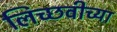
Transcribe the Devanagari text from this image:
लिच्छवीच्या